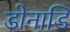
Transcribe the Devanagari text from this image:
डोनाडि